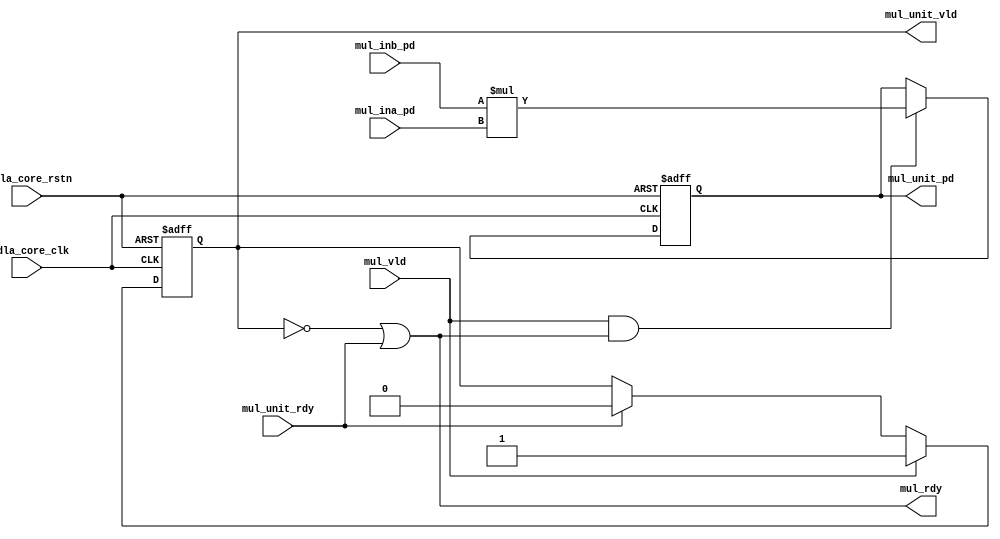
module NV_NVDLA_CDP_DP_MUL_unit (
   nvdla_core_clk
  ,nvdla_core_rstn
  ,mul_ina_pd
  ,mul_inb_pd
  ,mul_unit_rdy
  ,mul_vld
  ,mul_rdy
  ,mul_unit_pd
  ,mul_unit_vld
  );
//////////////////////////////////////////////////////////////////////////
parameter pINA_BW = 9;
parameter pINB_BW = 16;
//////////////////////////////////////////////////////////////////////////
input nvdla_core_clk;
input nvdla_core_rstn;
input mul_vld;
output mul_rdy;
input [pINA_BW-1:0] mul_ina_pd;
input [pINB_BW-1:0] mul_inb_pd;
output mul_unit_vld;
input mul_unit_rdy;
output [pINA_BW+pINB_BW-1:0] mul_unit_pd;
//////////////////////////////////////////////////////////////////////////
reg mul_unit_vld;
reg [pINA_BW+pINB_BW-1:0] mul_unit_pd;
//////////////////////////////////////////////////////////////////////////
assign mul_rdy = ~mul_unit_vld | mul_unit_rdy;
always @(posedge nvdla_core_clk or negedge nvdla_core_rstn) begin
  if (!nvdla_core_rstn) begin
    mul_unit_pd <= {(pINA_BW+pINB_BW){1'b0}};
  end else begin
    if(mul_vld & mul_rdy) begin
        mul_unit_pd <= $signed(mul_inb_pd[pINB_BW-1:0]) * $signed(mul_ina_pd[pINA_BW-1:0]);
    end
  end
end
always @(posedge nvdla_core_clk or negedge nvdla_core_rstn) begin
  if (!nvdla_core_rstn) begin
    mul_unit_vld <= 1'b0;
  end else begin
    if(mul_vld)
        mul_unit_vld <= 1'b1;
    else if(mul_unit_rdy)
        mul_unit_vld <= 1'b0;
  end
end
///////////////////////////////////////////
endmodule